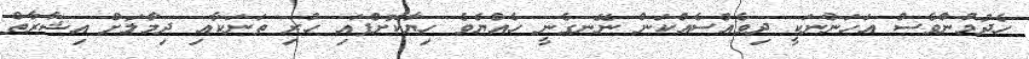
ހެދުމުންވެސް އަހަންނަކީ ދިވެއްސެއްކަން ނޭނގެނީ ހެއްޔެވެ ހިޔާކޮށްފައި ހުރި ތަނަކާއި ދިމާލަށް އިޝާރާތް